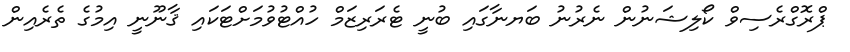
ޕްރޮގްރެސިވް ކޯލިޝަނުން ނެރުނު ބަޔނާގައި ބުނީ ޓެރަރިޒަމް ހުއްޓުވުމަށްޓަކައި ޤާނޫނީ އިމުގެ ތެރެއިން